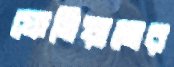
ফেসিয়ালের